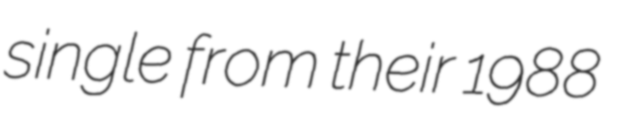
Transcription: single from their 1988